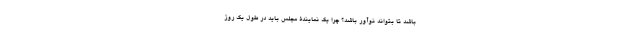
باشد تا بتواند نوآور باشد؟ چرا یک نمایندۀ مجلس باید در طول یک روز